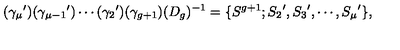
( { \gamma _ { \mu } } ^ { \prime } ) ( { \gamma _ { \mu - 1 } } ^ { \prime } ) \cdots ( { \gamma _ { 2 } } ^ { \prime } ) ( \gamma _ { g + 1 } ) ( D _ { g } ) ^ { - 1 } = \{ S ^ { g + 1 } ; { S _ { 2 } } ^ { \prime } , { S _ { 3 } } ^ { \prime } , \cdots , { S _ { \mu } } ^ { \prime } \} ,